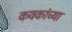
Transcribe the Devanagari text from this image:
कवकांच्या